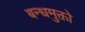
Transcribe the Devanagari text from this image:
बन्धमुक्तो